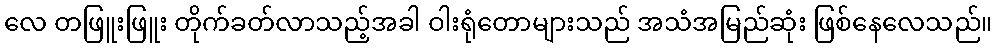
လေ တဖြူးဖြူး တိုက်ခတ်လာသည့်အခါ ဝါးရုံတောများသည် အသံအမြည်ဆုံး ဖြစ်နေလေသည်။